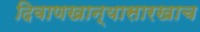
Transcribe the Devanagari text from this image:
दिवाणखान्यासारखाच